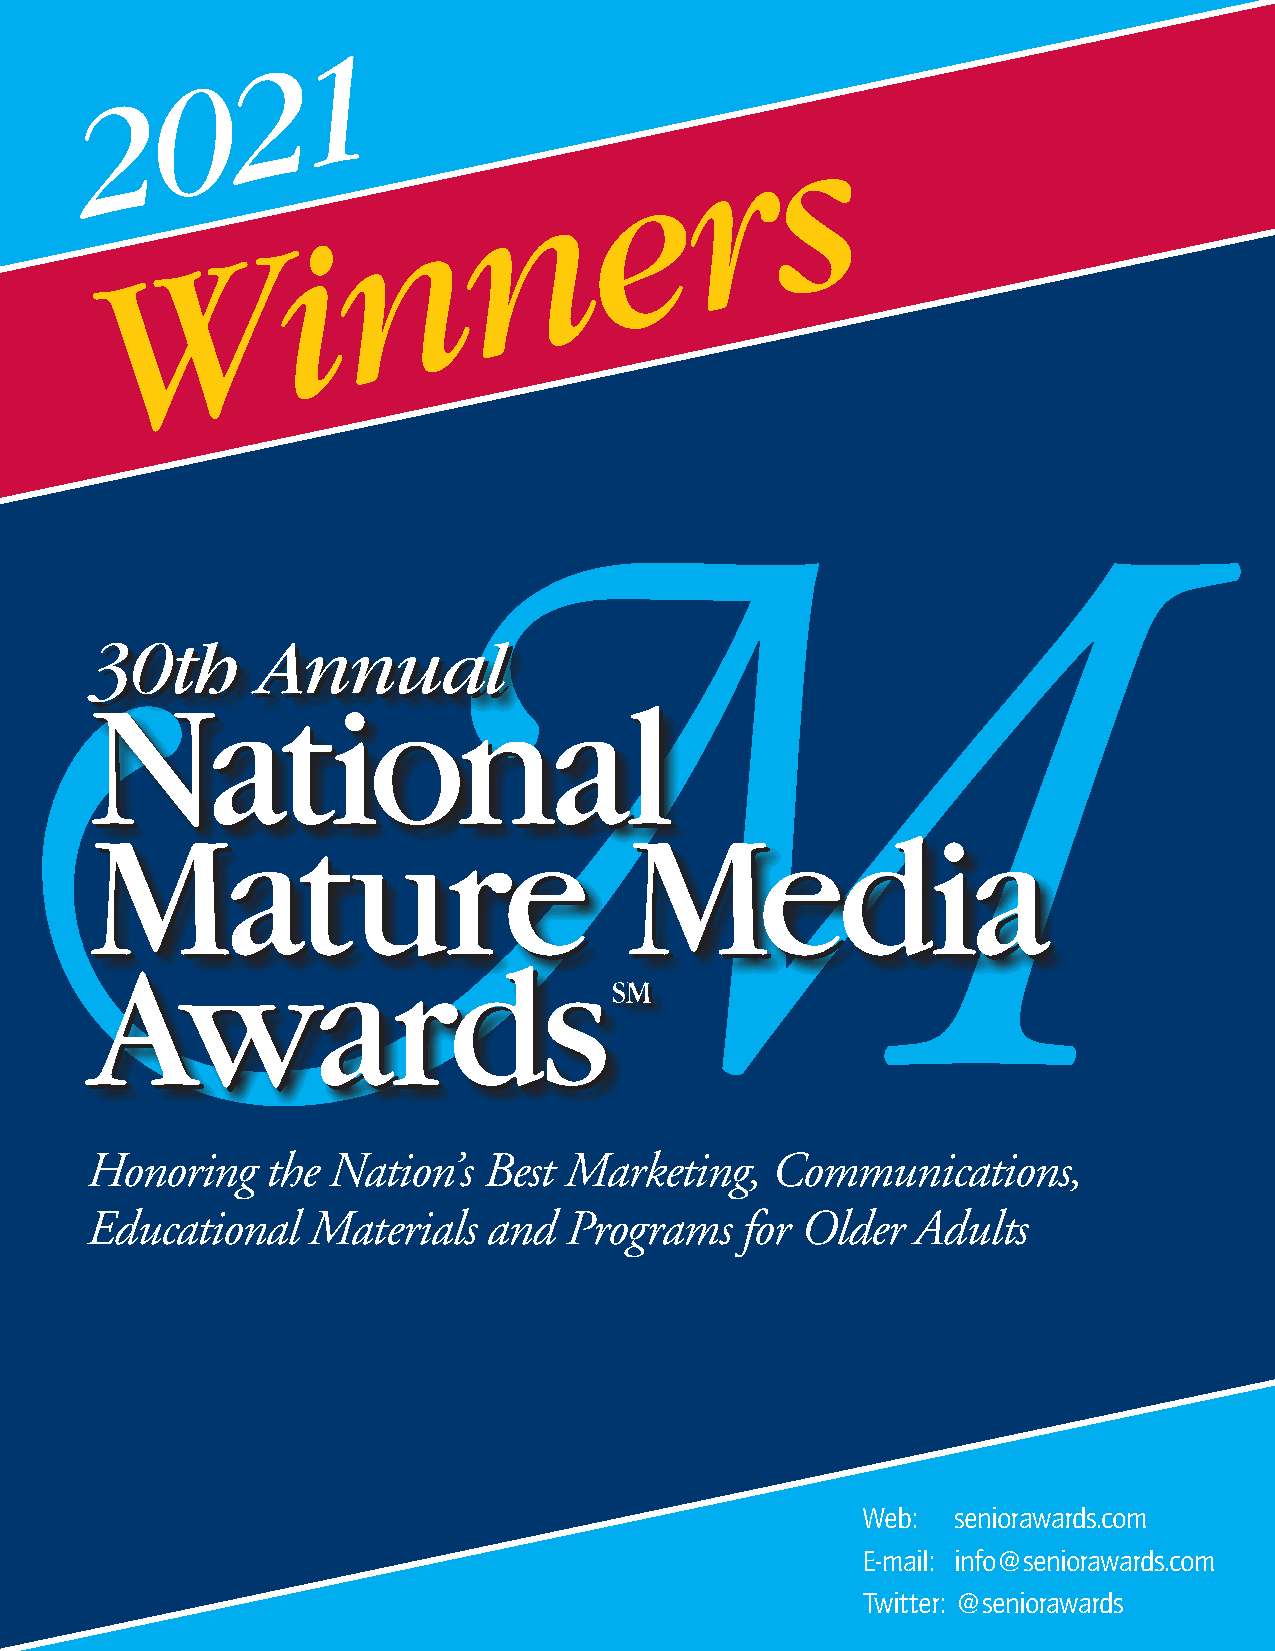
1
 2
 0
 2
 s
 r
 e
 n
 2021                    n
 i
 W
 Honoring    the Nation’s  Best Marketing,    Communications,
 Educational   Materials   and  Programs    for Older  Adults
 Web:  seniorawards.com
 E-mail: info@seniorawards.com
 Twitter: @seniorawards